Black-water fever - Number 35
Disease focus: Fever
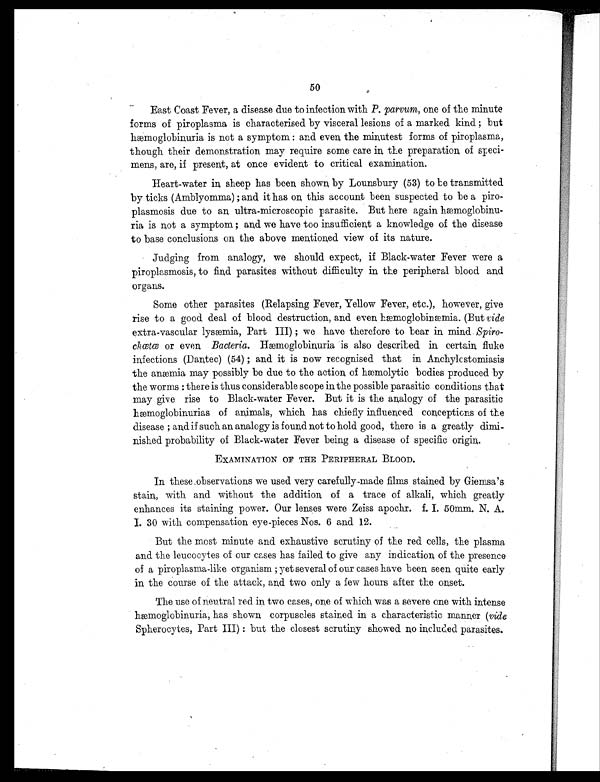
50
East Coast Fever, a disease due to infection with P. parvum, one of the minute
forms of piroplasma is characterised by visceral lesions of a marked kind ; but
h æ m o g l o b i n u r i a i s n o t a s y m p t o m : a n d e v e n , t h e m i n u t e s t f o r m s o f p i r o p l a s m a ,
though their demonstration may require some care in, the preparation, of speci-
mens, are, if present, at once evident to critical examination.
Heart-water in, sheep has been shown, by Lounsbury (53) to be transmitted
by ticks (Amblyomma); and it has on, this account been, suspected to be a piro
-plasmosis due to an, ultra-microscopic parasite. But here again hæmoglobinu
ria is n,ot a symptom ; and we have too insufficient a knowledge of the disease
to base conclusions on, the above mentioned view of its nature.
Judging from analogy, we should expect, if Black-water Fever were a
piroplasmosis, to find parasites without difficulty in the peripheral blood and
organs.
Some other parasites (Relapsing Fever, Yellow Fever, etc.), however, give
ri se to a good deal of bl ood destructi on, and even hæmogl obi næmi a. (But v i d e
e x t r a - v a s c u l a r l y s æmi a , P a r t I I I ) ; we h a v e t h e r e f o r e t o b e a r i n mi n d .Spiro
- c h œ t œ
o r e v e n ,
B a c t e r i a
. H æ m o g l o b i n u r i a i s a l s o d e s c r i b e d i n c e r t a i n , f l u k e
infections (Dantec) (54) ; and it is now recognised that in Anchylcstomiasis
t h e a n æ s m i a m a y p o s s i b l y b e d u e t o t h e a c t i o n , o f h æ m o l y t i c b o d i e s p r o d u c e d b y
the worms : there is thus considerable scope in the possible parasitic conditions that
may give rise to Black-water Fever. But it is the analogy of the parasitic
h æ m o g l o b i n u r i a s o f a n i m a l s , w h i c h h a s c h i e f l y i n f l u e n c e d c o n c e p t i o n s o f t h e
disease ; and if such an analogy is found not to hold good, there is a greatly dimi
- n i s h e d p r o b a b i l i t y o f B l a c k - w a t e r F e v e r b e i n g a d i s e a s e o f s p e c i f i c o r i g i n , .
EXAMINATION OF THE PERIPHERAL BLOOD.
In these observations we used very carefully-made films stained by Giemsa's
s t a i n , w i t h a n d w i t h o u t t h e a d d i t i o n , o f a t r a c e o f a l k a l i , w h i c h g r e a t l y
enhances its staining power. Our lenses were Zeiss apochr. f. I. 50mm. N. A.
I. 30 with compensation eye-pieces Nos. 6 and 12.
But the most minute and exhaustive scrutiny of the red cells, the plasma
and the leucocytes of our cases has failed to give any indication, of the presence
of a piroplasma-like organism ; yet several of our cases have been seen quite early
in the course of the attack, an,d two only a few hours after the onset.
The use of neutral red in. two cases, on,e of which was a severe one with intense
h æ m o g l o b i n u r i a , h a s s h o w n c o r p u s c l e s s t a i n e d i n a c h a r a c t e r i s t i c m a n n e r ( v i d e
Spherocytes, Part III) : but the closest scrutiny showed no included parasites.